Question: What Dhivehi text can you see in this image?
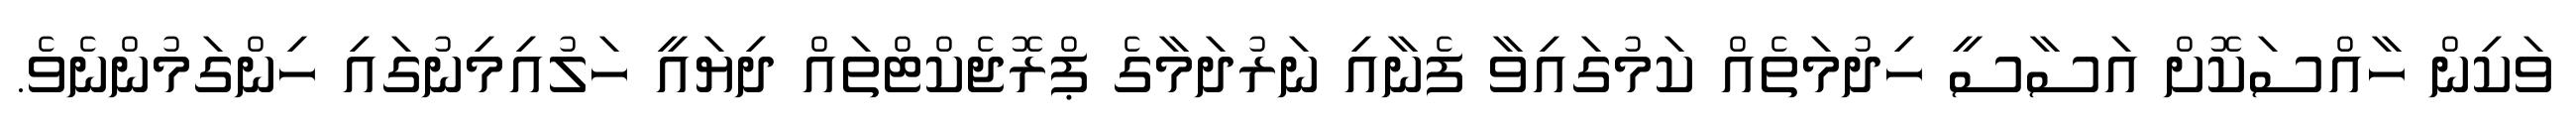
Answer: ވަކިން ހާއްސަކޮށް އަސާސީ ހިދުމަތެއް ކަމުގައިވާ ފެނާއި ނަރުދަމާގެ ޕްރޮޖެކްޓްތައް ދިޔައީ ހަލުއިމިނުގައި ހިންގަމުންނެވެ.